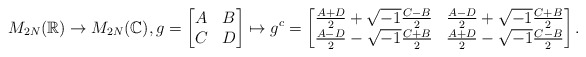
\begin{align*}M_{2N}(\mathbb{R})\to M_{2N}(\mathbb{C}),g=\begin{bmatrix} A & B\\ C & D\end{bmatrix}\mapsto g^c=\begin{bmatrix} \frac{A+D}{2}+\sqrt{-1}\frac{C-B}{2} &\frac{A-D}{2}+\sqrt{-1}\frac{C+B}{2} \\ \frac{A-D}{2}-\sqrt{-1}\frac{C+B}{2} & \frac{A+D}{2}-\sqrt{-1}\frac{C-B}{2}\end{bmatrix}.\end{align*}